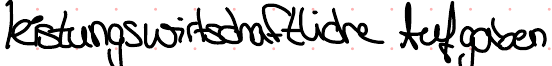
leistungswirtschaftliche Aufgaben